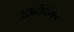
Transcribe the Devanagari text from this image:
तळोदेकर